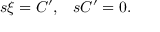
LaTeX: \begin{array} { l l } { { s \xi = C ^ { \prime } , } } & { { s C ^ { \prime } = 0 . } } \end{array}